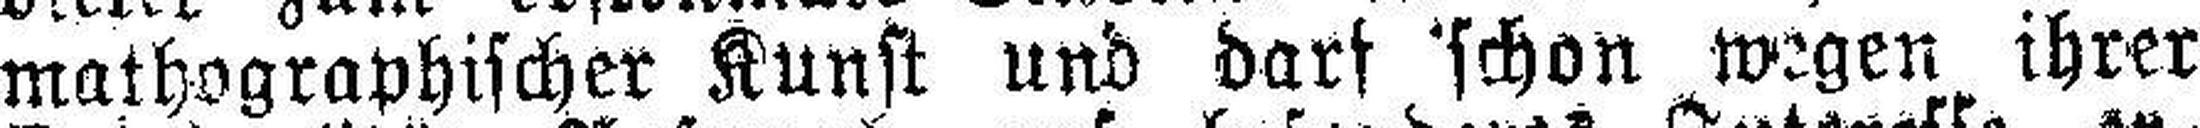
mathographischer Kunst und darf schon wegen ihrer